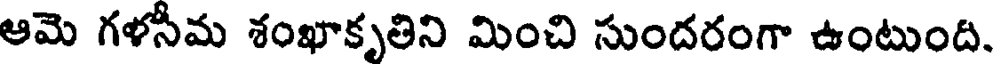
ఆమె గళసీమ శంఖాకృతిని మించి సుందరంగా ఉంటుంది.